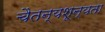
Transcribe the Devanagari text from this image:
चैतन्यशून्यता